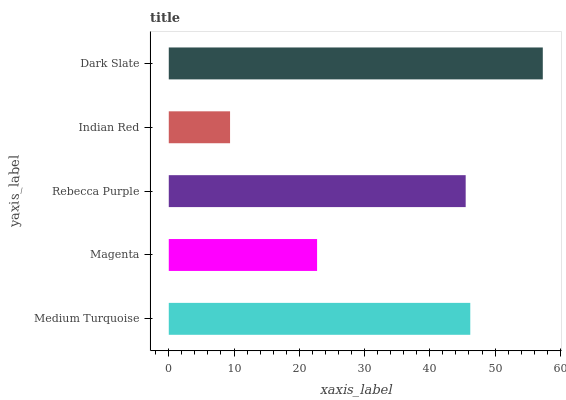
| yaxis_label | bars |
 | --- | --- |
 | Medium Turquoise | 46.2 |
 | Magenta | 22.7 |
 | Rebecca Purple | 45.5 |
 | Indian Red | 9.39 |
 | Dark Slate | 57.3 |